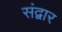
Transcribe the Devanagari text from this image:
संद्वार